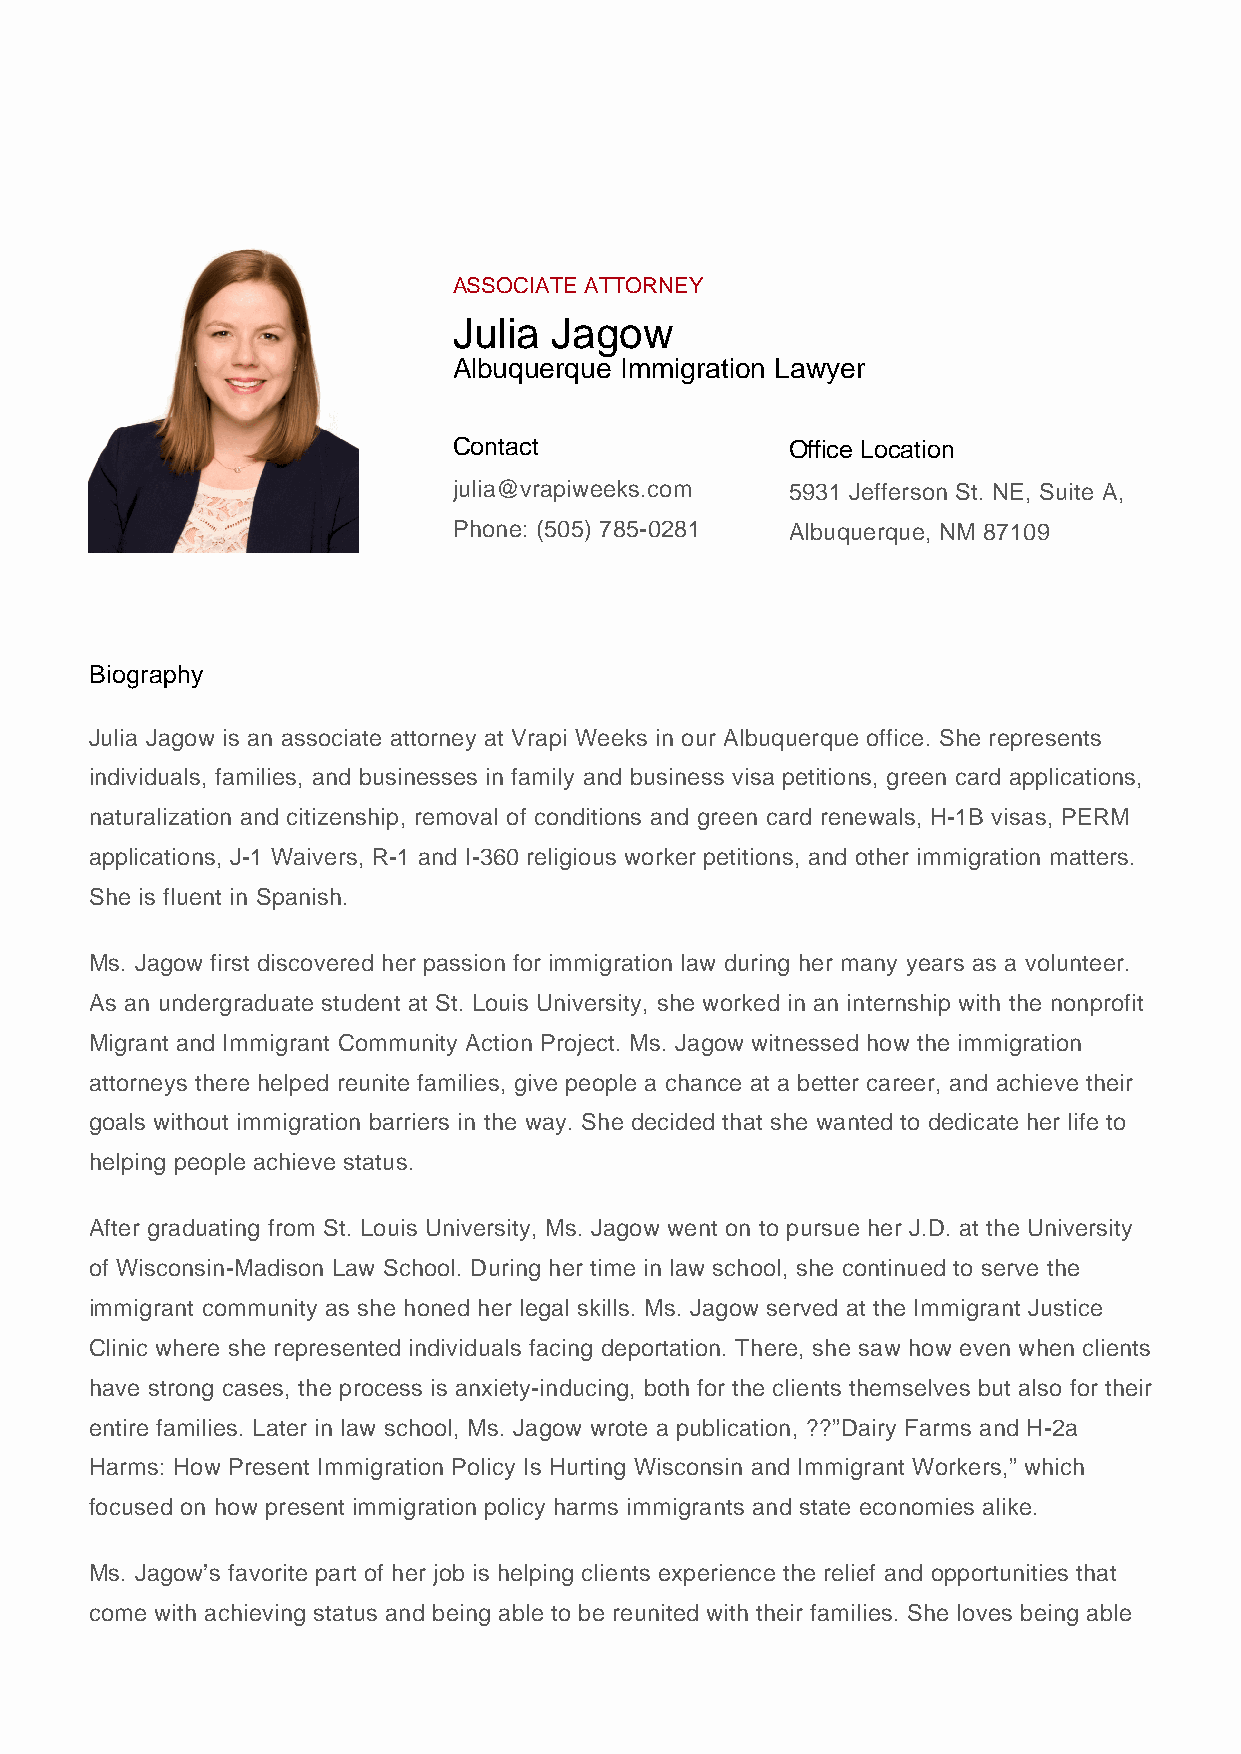
ASSOCIATE ATTORNEY
 Julia Jagow
 Albuquerque Immigration Lawyer
 Contact               Office Location
 julia@vrapiweeks.com  5931 Jefferson St. NE, Suite A,
 Phone: (505) 785-0281 Albuquerque, NM 87109
 Biography
 Julia Jagow is an associate attorney at Vrapi Weeks in our Albuquerque office. She represents
 individuals, families, and businesses in family and business visa petitions, green card applications,
 naturalization and citizenship, removal of conditions and green card renewals, H-1B visas, PERM
 applications, J-1 Waivers, R-1 and I-360 religious worker petitions, and other immigration matters.
 She is fluent in Spanish.
 Ms. Jagow first discovered her passion for immigration law during her many years as a volunteer.
 As an undergraduate student at St. Louis University, she worked in an internship with the nonprofit
 Migrant and Immigrant Community Action Project. Ms. Jagow witnessed how the immigration
 attorneys there helped reunite families, give people a chance at a better career, and achieve their
 goals without immigration barriers in the way. She decided that she wanted to dedicate her life to
 helping people achieve status.
 After graduating from St. Louis University, Ms. Jagow went on to pursue her J.D. at the University
 of Wisconsin-Madison Law School. During her time in law school, she continued to serve the
 immigrant community as she honed her legal skills. Ms. Jagow served at the Immigrant Justice
 Clinic where she represented individuals facing deportation. There, she saw how even when clients
 have strong cases, the process is anxiety-inducing, both for the clients themselves but also for their
 entire families. Later in law school, Ms. Jagow wrote a publication, ??”Dairy Farms and H-2a
 Harms: How Present Immigration Policy Is Hurting Wisconsin and Immigrant Workers,” which
 focused on how present immigration policy harms immigrants and state economies alike.
 Ms. Jagow’s favorite part of her job is helping clients experience the relief and opportunities that
 come with achieving status and being able to be reunited with their families. She loves being able